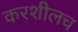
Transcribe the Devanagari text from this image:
करशीलच